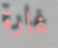
غارة